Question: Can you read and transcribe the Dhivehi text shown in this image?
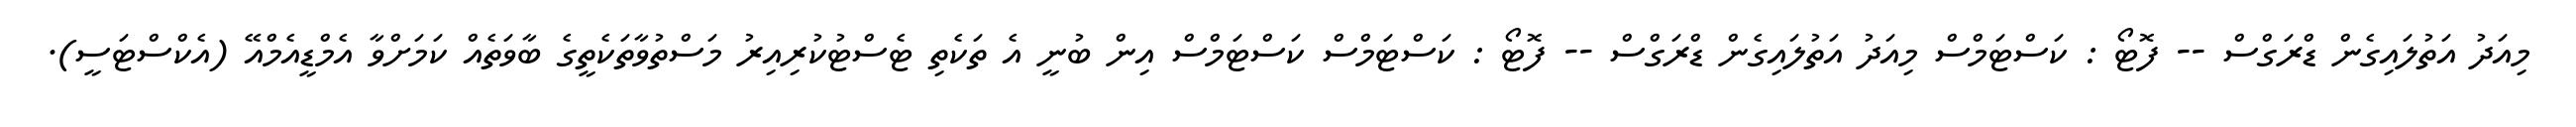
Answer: މިއަދު އަތުލައިގެން ޑްރަގްސް -- ފޮޓޯ : ކަސްޓަމްސް މިއަދު އަތުލައިގެން ޑްރަގްސް -- ފޮޓޯ : ކަސްޓަމްސް ކަސްޓަމްސް އިން ބުނީ އެ ތަކެތި ޓެސްޓުކުރިއިރު މަސްތުވާތަކެތީގެ ބާވަތެއް ކަމަށްވާ އެމްޑީއެމްއޭ (އެކްސްޓަސީ).